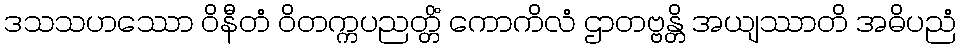
ဒသသဟဿော ဝိနီတံ ဝိတက္ကပညတ္တိံ ကောကိလံ ဌာတဗ္ဗန္တိ အယျဿာတိ အဓိပညံ